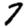
Digit: 7